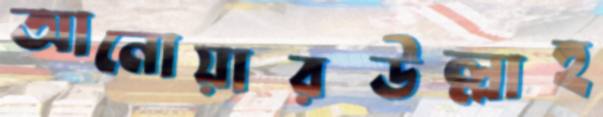
আনোয়ারউল্লাহ